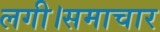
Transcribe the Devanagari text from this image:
लगी।समाचार